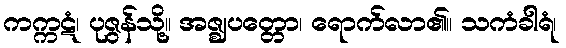
ကက္ကဋံ၊ ပုဇွန်သို့။ အဇ္ဈပတ္တော၊ ရောက်လာ၏။ သကံခါရံ၊